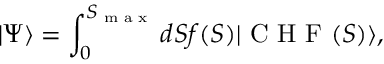
| \Psi \rangle = \int _ { 0 } ^ { S _ { \textrm { m a x } } } d S f ( S ) | \textrm { C H F } ( S ) \rangle ,